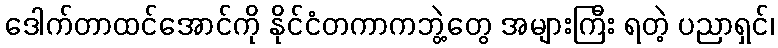
ဒေါက်တာထင်အောင်ကို နိုင်ငံတကာကဘွဲ့တွေ အများကြီး ရတဲ့ ပညာရှင်၊